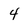
Character: 4